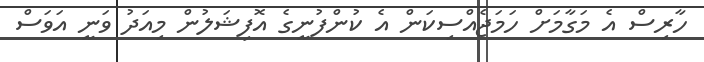
ހާރިސް އެ މަގާމަށް ހަމަޖެއްސިކަން އެ ކުންފުނީގެ އޮފިޝަލުން މިއަދު ވަނީ އަވަސް